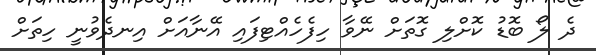
ދެ ލޯ ބޮޑު ކޮށްލި ގޮތަށް ނޭވާ ހިފެހެއްޓިފައި އޭނާއަށް އިނދެވުނީ ހިތަށް